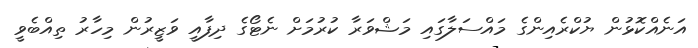
އަނެއްކޮޅުން ޔުކްރެއިންގެ މައްސަލާގައި މަޝްވަރާ ކުރުމަށް ނެޓޯގެ ދިފާއީ ވަޒީރުން މިހާރު ތިއްބެވީ